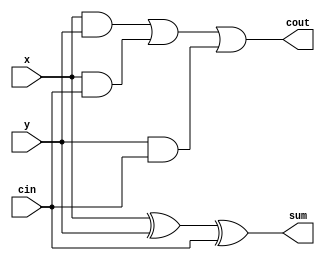
`timescale 1ns / 1ps

module fa(x, y, cin, sum, cout);
	input x;
	input y;
	input cin;
	output sum;
	output cout;
	
	assign sum=x^y^cin;
	assign cout=(x&y)|(x&cin)|(y&cin);

endmodule